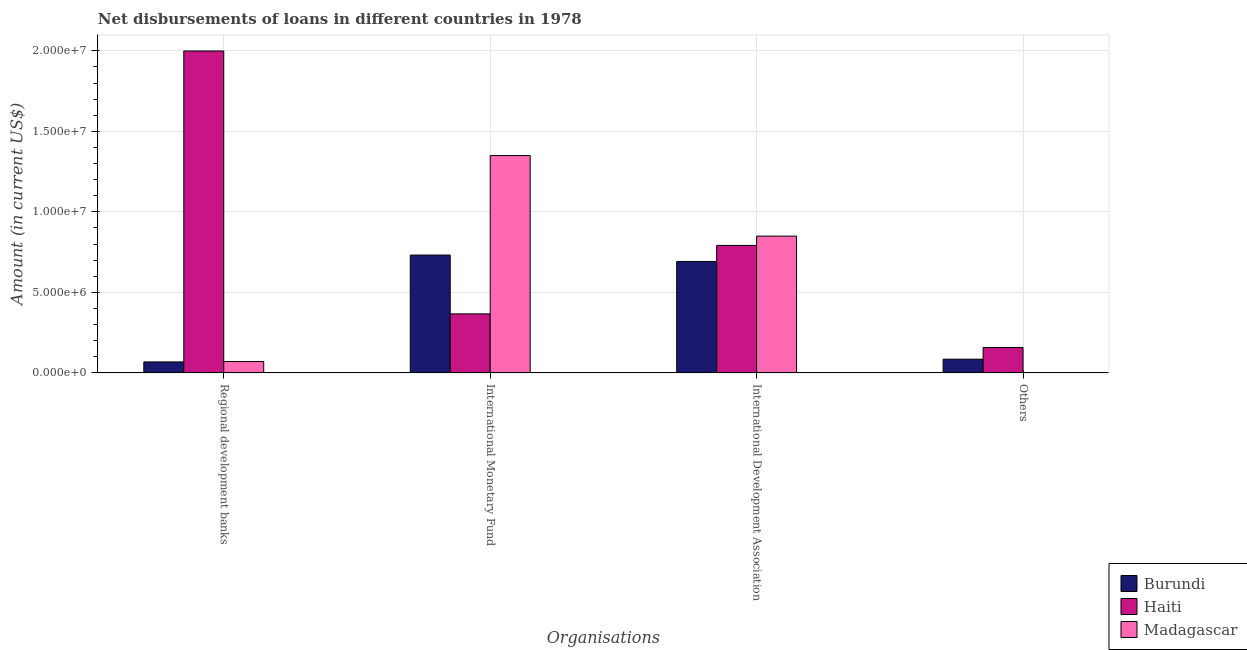
| Organisations | Burundi | Haiti | Madagascar |
 | --- | --- | --- | --- |
 | Regional development banks | 6.79e+05 | 2e+07 | 7.04e+05 |
 | International Monetary Fund | 7.32e+06 | 3.66e+06 | 1.35e+07 |
 | International Development Association | 6.92e+06 | 7.92e+06 | 8.49e+06 |
 | Others | 8.5e+05 | 1.58e+06 | -1.57e+05 |